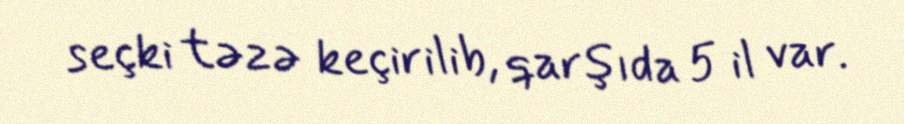
seçki təzə keçirilib, qarşıda 5 il var.